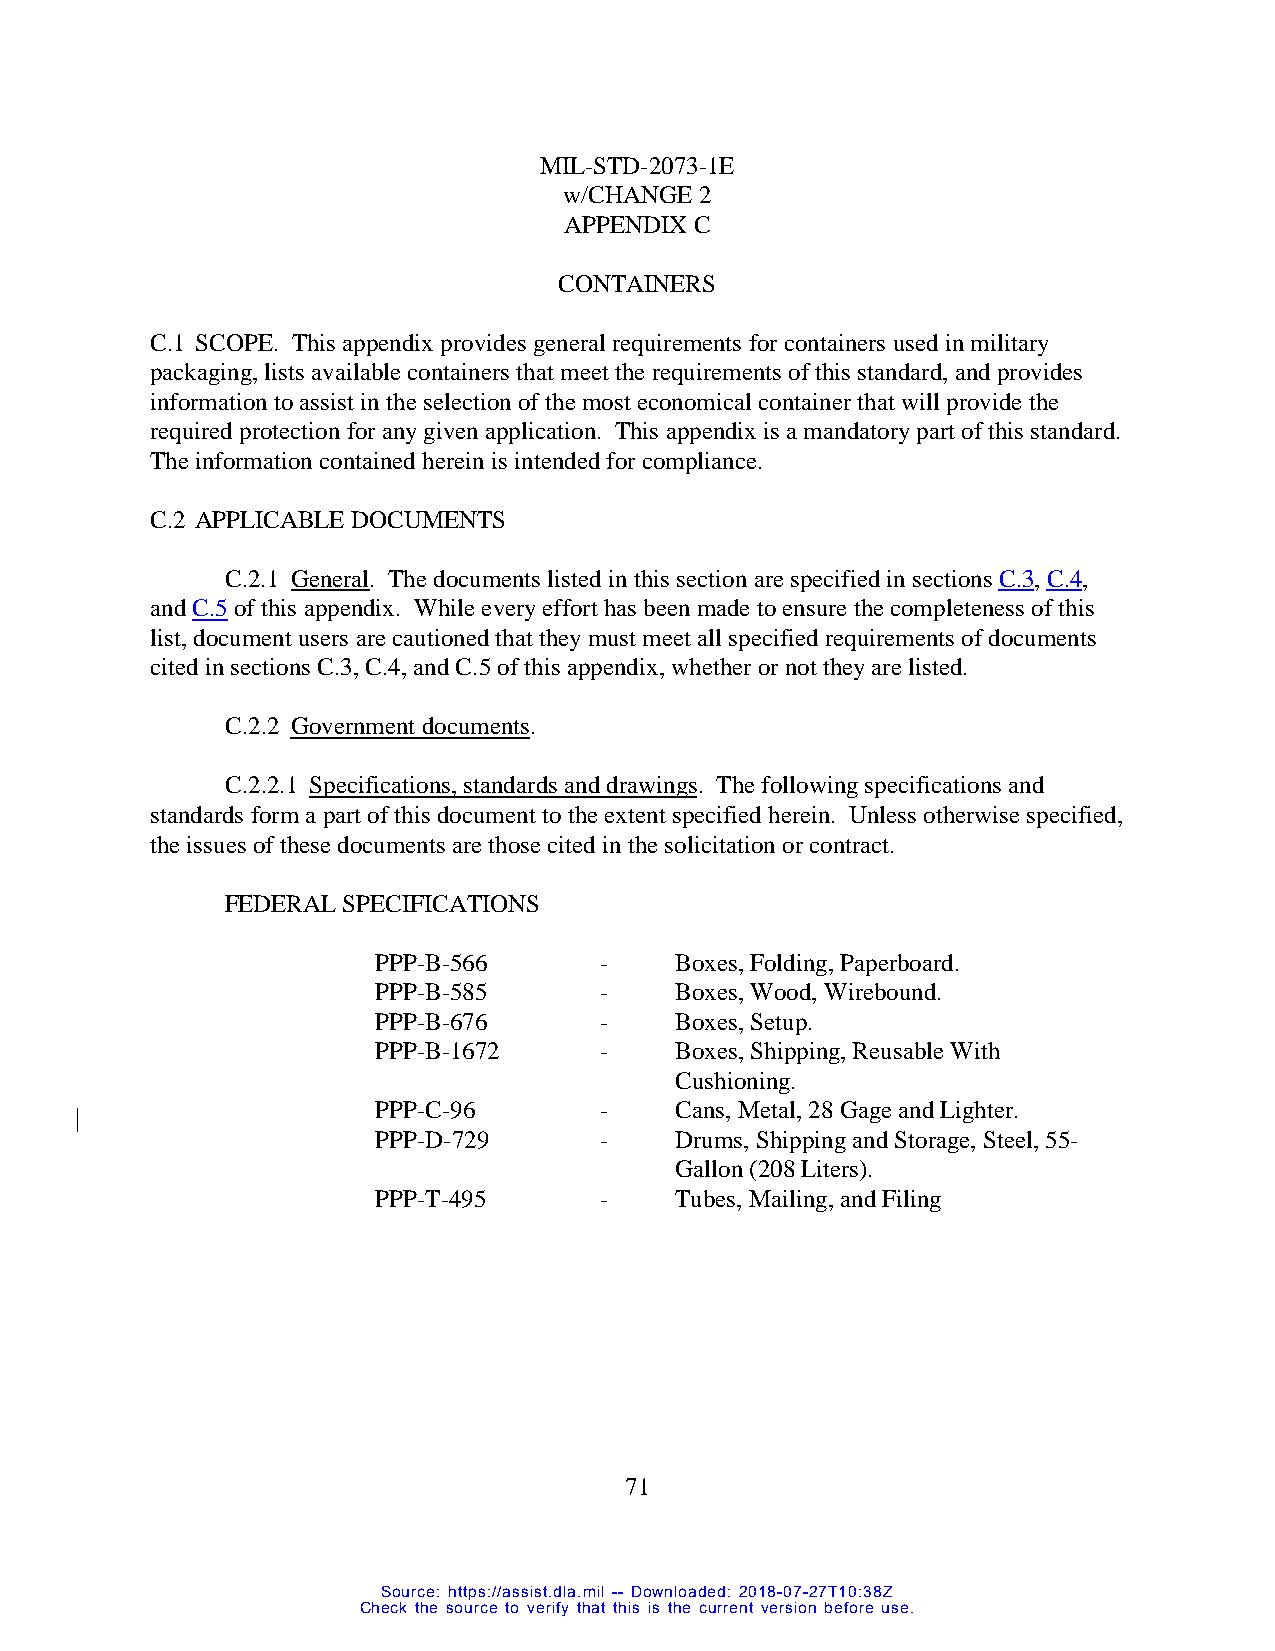
MIL-STD-2073-1E
 w/CHANGE 2
 APPENDIX C
 CONTAINERS
 C.1 SCOPE. This appendix provides general requirements for containers used in military
 packaging, lists available containers that meet the requirements of this standard, and provides
 information to assist in the selection of the most economical container that will provide the
 required protection for any given application. This appendix is a mandatory part of this standard.
 The information contained herein is intended for compliance.
 C.2 APPLICABLE DOCUMENTS
 C.2.1 General. The documents listed in this section are specified in sections C.3, C.4,
 and C.5 of this appendix. While every effort has been made to ensure the completeness of this
 list, document users are cautioned that they must meet all specified requirements of documents
 cited in sections C.3, C.4, and C.5 of this appendix, whether or not they are listed.
 C.2.2 Government documents.
 C.2.2.1 Specifications, standards and drawings. The following specifications and
 standards form a part of this document to the extent specified herein. Unless otherwise specified,
 the issues of these documents are those cited in the solicitation or contract.
 FEDERAL SPECIFICATIONS
 PPP-B-566      -    Boxes, Folding, Paperboard.
 PPP-B-585      -    Boxes, Wood, Wirebound.
 PPP-B-676      -    Boxes, Setup.
 PPP-B-1672     -    Boxes, Shipping, Reusable With
 Cushioning.
 PPP-C-96       -    Cans, Metal, 28 Gage and Lighter.
 PPP-D-729      -    Drums, Shipping and Storage, Steel, 55-
 Gallon (208 Liters).
 PPP-T-495      -    Tubes, Mailing, and Filing
 71
 Source: https://assist.dla.mil -- Downloaded: 2018-07-27T10:38Z
 Check the source to verify that this is the current version before use.